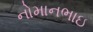
નોમાનભાઇ